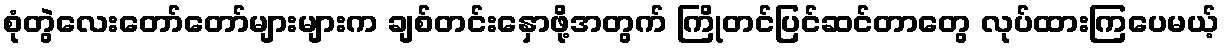
စုံတွဲလေးတော်တော်များများက ချစ်တင်းနှောဖို့အတွက် ကြိုတင်ပြင်ဆင်တာတွေ လုပ်ထားကြပေမယ့်